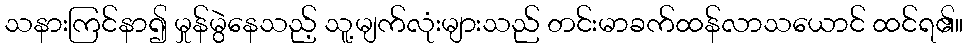
သနားကြင်နာ၍ မှုန်မွဲနေသည့် သူ့မျက်လုံးများသည် တင်းမာခက်ထန်လာသယောင် ထင်ရ၏။